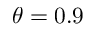
\theta = 0 . 9